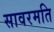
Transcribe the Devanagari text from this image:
सावरमति